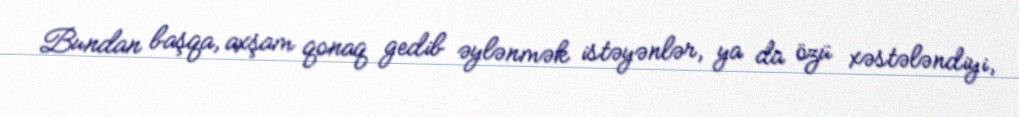
Bundan başqa, axşam qonaq gedib əylənmək istəyənlər, ya da özü xəstələndiyi,